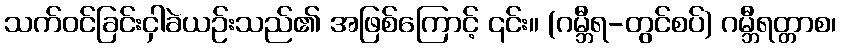
သက်ဝင်ခြင်းငှါခဲယဉ်းသည်၏ အဖြစ်ကြောင့် ၎င်း။ (ဂမ္ဘီရ-တွင်စပ်) ဂမ္ဘီရတ္တာစ၊